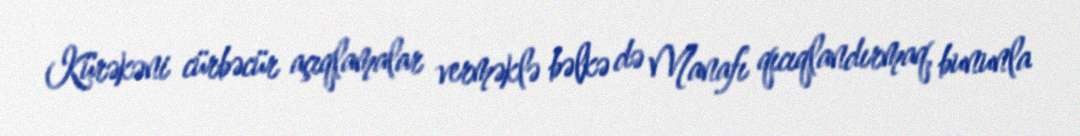
Kürəkəni cürbəcür açıqlamalar verməklə bəlkə də Manafı qıcıqlandırmaq, bununla